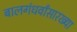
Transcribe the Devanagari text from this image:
बालगंधर्वांसारख्या